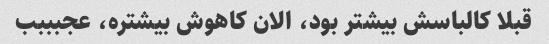
قبلا کالباسش بیشتر بود، الان کاهوش بیشتره، عجبببب